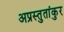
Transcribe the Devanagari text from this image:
अप्रस्तुतांकुर